Scottish Certificate of Education, 1963
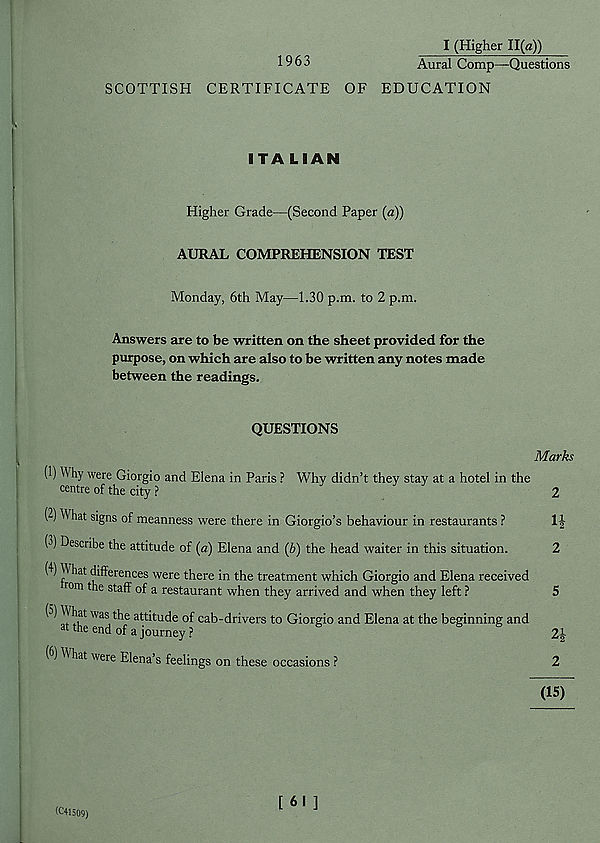
1963
I (Higher 11(a))
Aural Comp—Questions
SCOTTISH CERTIFICATE OF EDUCATION
ITALIAN
Higher Grade—(Second Paper (a))
AURAL COMPREHENSION TEST
Monday, 6th May—1.30 p.m. to 2 p.m.
Answers are to be written on the sheet provided for the
purpose, on which are also to be written any notes made
between the readings.
QUESTIONS
Marks
(1) \\ hy were Giorgio and Elena in Paris ? Why didn’t they stay at a hotel in the
centre of the city ?
2
(2) What signs of meanness were there in Giorgio’s behaviour in restaurants ?
1|
(-') Describe the attitude of [a) Elena and {b) the head waiter in this situation.
2
(1) M hat differences were there in the treatment which Giorgio and Elena received
rom the staff of a restaurant when they arrived and when they left ?
5
(2) W hat was the attitude of cab-drivers to Giorgio and Elena at the beginning and
at the end of a journey?
2|
( ) W hat were Elena’s feelings on these occasions ?
2
(15)
(C41509)
[ 61 ]